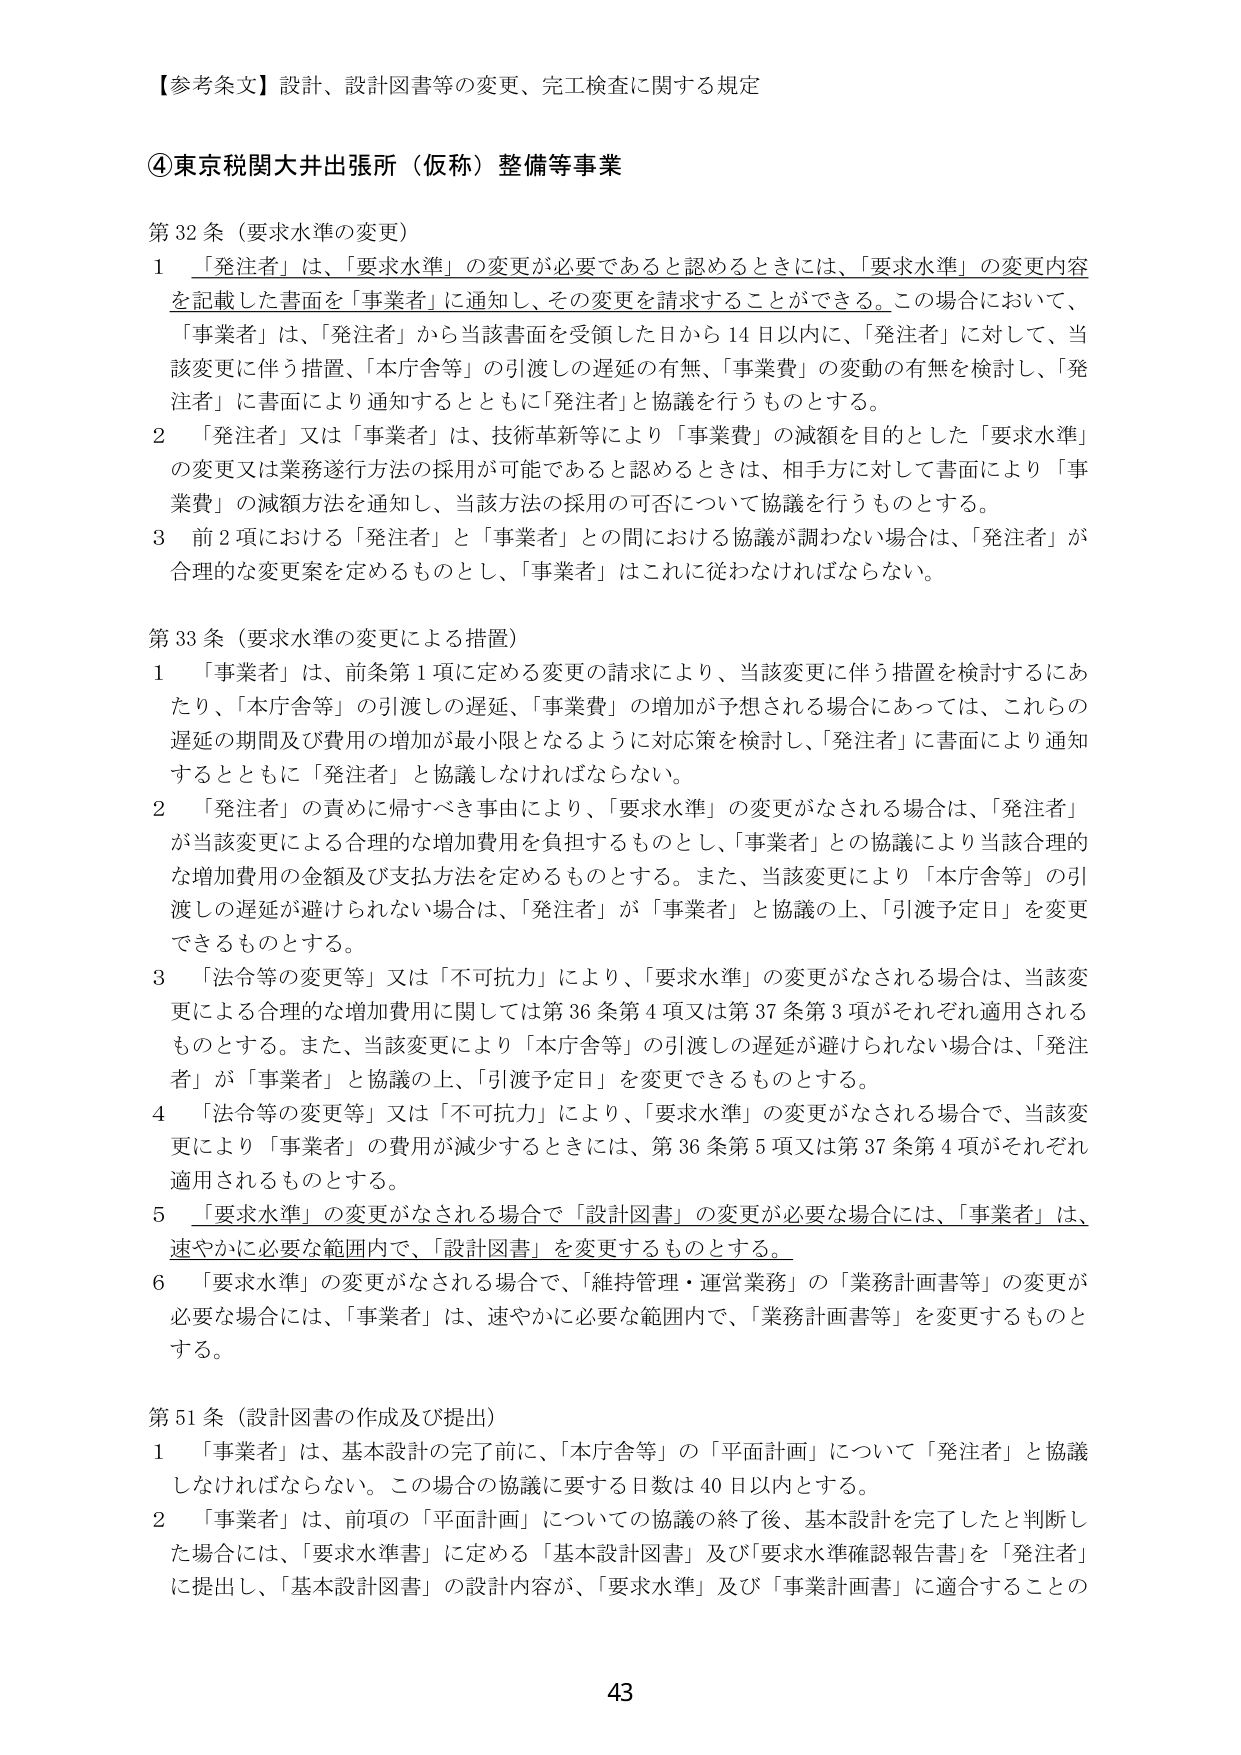
【参考条文】設計、設計図書等の変更、完工検査に関する規定

④東京税関大井出張所（仮称）整備等事業

第32条（要求水準の変更）
1 「発注者」は、「要求水準」の変更が必要であると認めるときには、「要求水準」の変更内容を記載した書面を「事業者」に通知し、その変更を請求することができる。この場合において、「事業者」は、「発注者」から当該書面を受領した日から14日以内に、「発注者」に対して、当該変更に伴う措置、「本庁舎等」の引渡しの遅延の有無、「事業費」の変動の有無を検討し、「発注者」に書面により通知するとともに「発注者」と協議を行うものとする。
2 「発注者」又は「事業者」は、技術革新等により「事業費」の減額を目的とした「要求水準」の変更又は業務遂行方法の採用が可能であると認めるときは、相手方に対して書面により「事業費」の減額方法を通知し、当該方法の採用の可否について協議を行うものとする。
3 前2項における「発注者」と「事業者」との間における協議が調わない場合は、「発注者」が合理的な変更案を定めるものとし、「事業者」はこれに従わなければならない。

第33条（要求水準の変更による措置）
1 「事業者」は、前条第1項に定める変更の請求により、当該変更に伴う措置を検討するにあたり、「本庁舎等」の引渡しの遅延、「事業費」の増加が予想される場合にあっては、これらの遅延の期間及び費用の増加が最小限となるように対応策を検討し、「発注者」に書面により通知するとともに「発注者」と協議しなければならない。
2 「発注者」の責めに帰すべき事由により、「要求水準」の変更がなされる場合は、「発注者」が当該変更による合理的な増加費用を負担するものとし、「事業者」との協議により当該合理的な増加費用の金額及び支払方法を定めるものとする。また、当該変更により「本庁舎等」の引渡しの遅延が避けられない場合は、「発注者」が「事業者」と協議の上、「引渡予定日」を変更できるものとする。
3 「法令等の変更等」又は「不可抗力」により、「要求水準」の変更がなされる場合は、当該変更による合理的な増加費用に関しては第36条第4項又は第37条第3項がそれぞれ適用されるものとする。また、当該変更により「本庁舎等」の引渡しの遅延が避けられない場合は、「発注者」が「事業者」と協議の上、「引渡予定日」を変更できるものとする。
4 「法令等の変更等」又は「不可抗力」により、「要求水準」の変更がなされる場合で、当該変更により「事業者」の費用が減少するときには、第36条第5項又は第37条第4項がそれぞれ適用されるものとする。
5 「要求水準」の変更がなされる場合で「設計図書」の変更が必要な場合には、「事業者」は、速やかに必要な範囲内で、「設計図書」を変更するものとする。
6 「要求水準」の変更がなされる場合で、「維持管理・運営業務」の「業務計画書等」の変更が必要な場合には、「事業者」は、速やかに必要な範囲内で、「業務計画書等」を変更するものとする。

第51条（設計図書の作成及び提出）
1 「事業者」は、基本設計の完了前に、「本庁舎等」の「平面計画」について「発注者」と協議しなければならない。この場合の協議に要する日数は40日以内とする。
2 「事業者」は、前項の「平面計画」についての協議の終了後、基本設計を完了したと判断した場合には、「要求水準」に定める「基本設計図書」及び「要求水準確認報告書」を「発注者」に提出し、「基本設計図書」の設計内容が、「要求水準」及び「事業計画書」に適合することの

43